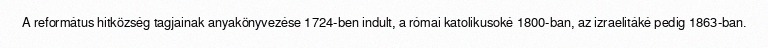
A református hitközség tagjainak anyakönyvezése 1724-ben indult, a római katolikusoké 1800-ban, az izraelitáké pedig 1863-ban.